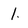
Character: 1